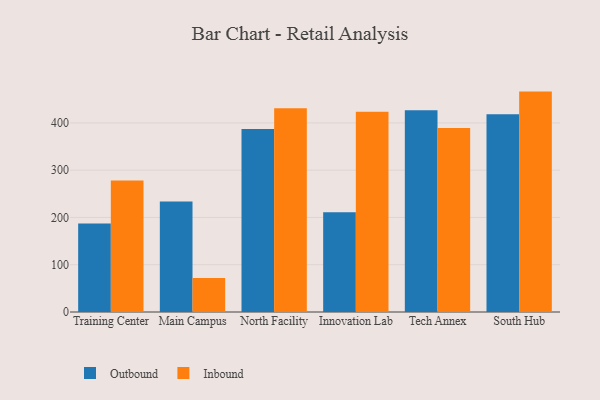
{"axis": {"x": "Campus", "y": "Inventory Turnover"}, "legend": ["Inbound", "Outbound"], "data": [{"x": "Training Center", "y": 187.4, "type": "Outbound"}, {"x": "Training Center", "y": 278.0, "type": "Inbound"}, {"x": "Main Campus", "y": 233.6, "type": "Outbound"}, {"x": "Main Campus", "y": 71.8, "type": "Inbound"}, {"x": "North Facility", "y": 387.0, "type": "Outbound"}, {"x": "North Facility", "y": 430.9, "type": "Inbound"}, {"x": "Innovation Lab", "y": 211.3, "type": "Outbound"}, {"x": "Innovation Lab", "y": 423.5, "type": "Inbound"}, {"x": "Tech Annex", "y": 426.9, "type": "Outbound"}, {"x": "Tech Annex", "y": 389.5, "type": "Inbound"}, {"x": "South Hub", "y": 418.6, "type": "Outbound"}, {"x": "South Hub", "y": 466.3, "type": "Inbound"}]}